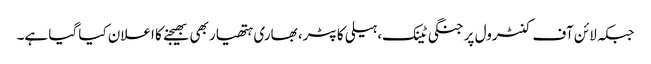
جبکہ لائن آف کنٹرول پر جنگی ٹینک، ہیلی کاپٹر، بھاری ہتھیار بھی بھیجنے کا اعلان کیا گیا ہے۔